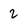
Character: 2